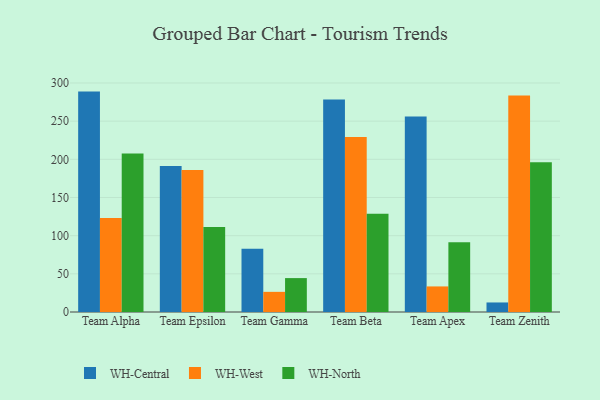
{"axis": {"x": "Team", "y": "Backlog"}, "legend": ["WH-Central", "WH-North", "WH-West"], "data": [{"x": "Team Alpha", "y": 288.7, "type": "WH-Central"}, {"x": "Team Alpha", "y": 123.0, "type": "WH-West"}, {"x": "Team Alpha", "y": 207.7, "type": "WH-North"}, {"x": "Team Epsilon", "y": 191.4, "type": "WH-Central"}, {"x": "Team Epsilon", "y": 185.9, "type": "WH-West"}, {"x": "Team Epsilon", "y": 111.5, "type": "WH-North"}, {"x": "Team Gamma", "y": 82.7, "type": "WH-Central"}, {"x": "Team Gamma", "y": 26.4, "type": "WH-West"}, {"x": "Team Gamma", "y": 44.4, "type": "WH-North"}, {"x": "Team Beta", "y": 278.3, "type": "WH-Central"}, {"x": "Team Beta", "y": 229.2, "type": "WH-West"}, {"x": "Team Beta", "y": 128.8, "type": "WH-North"}, {"x": "Team Apex", "y": 256.2, "type": "WH-Central"}, {"x": "Team Apex", "y": 33.5, "type": "WH-West"}, {"x": "Team Apex", "y": 91.4, "type": "WH-North"}, {"x": "Team Zenith", "y": 12.5, "type": "WH-Central"}, {"x": "Team Zenith", "y": 283.6, "type": "WH-West"}, {"x": "Team Zenith", "y": 196.3, "type": "WH-North"}]}